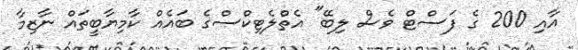
އާއި 200 ގެ ފަސްޓް ވެސް ލިބޭ" އެތްލެޓިކްސްގެ ބައެއް ކާމިޔާބީތައް ނާޒިމާ